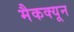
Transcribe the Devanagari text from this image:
मैकक्यून